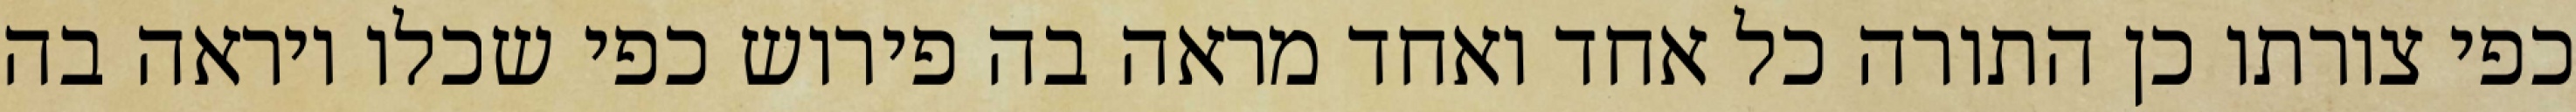
כפי צורתו כן התורה כל אחד ואחד מראה בה פירוש כפי שכלו ויראה בה